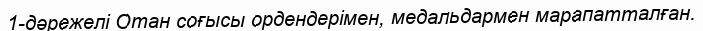
1-дәрежелі Отан соғысы ордендерімен, медальдармен марапатталған.